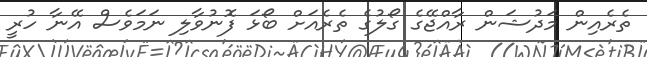
ތެރެއިން މަދުޝަން ރާއްޖޭގެ ގޯލުގެ ތެރެއަށް ބޯޅަ ފޮނުވާލި ނަމަވެސް އޭނާ ހުރީ